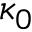
\kappa _ { 0 }